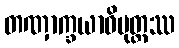
တဏှာက္ခယာဓိမုတ္တဿ